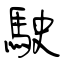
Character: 駛